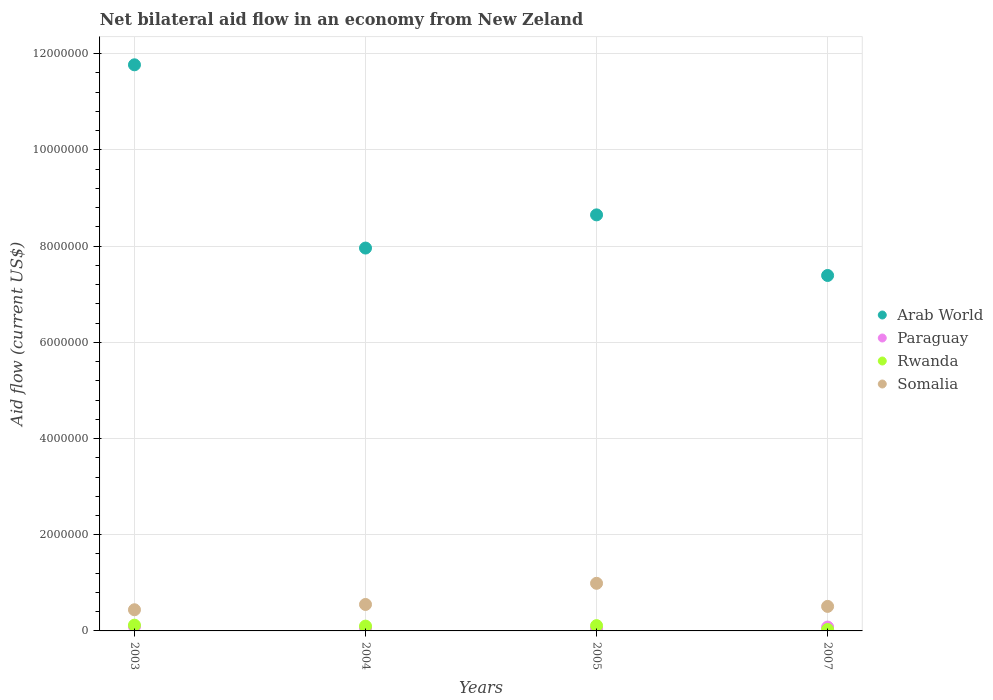
| Years | Arab World | Paraguay | Rwanda | Somalia |
 | --- | --- | --- | --- | --- |
 | 2003 | 1.18e+07 | 9e+04 | 1.2e+05 | 4.4e+05 |
 | 2004 | 7.96e+06 | 6e+04 | 1e+05 | 5.5e+05 |
 | 2005 | 8.65e+06 | 5e+04 | 1.1e+05 | 9.9e+05 |
 | 2007 | 7.39e+06 | 8e+04 | 3e+04 | 5.1e+05 |